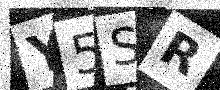
Text: Y5SR